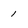
Character: 1